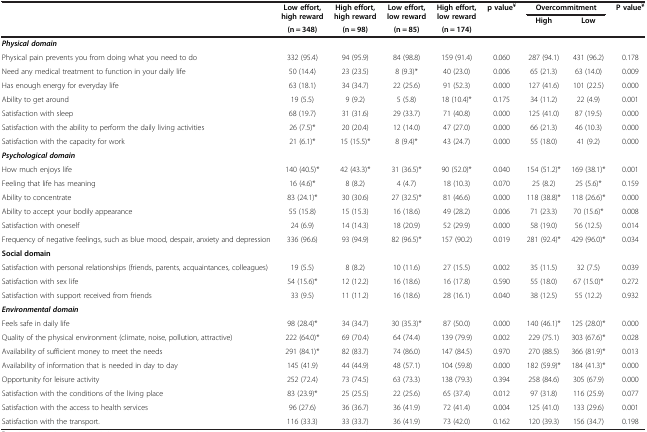
<table><thead><tr><td rowspan="3"><b> </b></td><td rowspan="2"><b>Low effort, high reward</b></td><td rowspan="2"><b>High effort, high reward</b></td><td rowspan="2"><b>Low effort, low reward</b></td><td rowspan="2"><b>High effort, low reward</b></td><td rowspan="3"><b>p value<sup>¥</sup></b></td><td colspan="2"><b>Overcommitment</b></td><td rowspan="3"><b>P value<sup>¥</sup></b></td></tr><tr><td rowspan="2"><b>High</b></td><td rowspan="2"><b>Low</b></td></tr><tr><td><b>(n = 348)</b></td><td><b>(n = 98)</b></td><td><b>(n = 85)</b></td><td><b>(n = 174)</b></td></tr></thead><tbody><tr><td><b><i>Physical domain</i></b></td><td> </td><td> </td><td> </td><td> </td><td> </td><td> </td><td> </td><td> </td></tr><tr><td>Physical pain prevents you from doing what you need to do</td><td>332 (95.4)</td><td>94 (95.9)</td><td>84 (98.8)</td><td>159 (91.4)</td><td>0.060</td><td>287 (94.1)</td><td>431 (96.2)</td><td>0.178</td></tr><tr><td>Need any medical treatment to function in your daily life</td><td>50 (14.4)</td><td>23 (23.5)</td><td>8 (9.3)*</td><td>40 (23.0)</td><td>0.006</td><td>65 (21.3)</td><td>63 (14.0)</td><td>0.009</td></tr><tr><td>Has enough energy for everyday life</td><td>63 (18.1)</td><td>34 (34.7)</td><td>22 (25.6)</td><td>91 (52.3)</td><td>0.000</td><td>127 (41.6)</td><td>101 (22.5)</td><td>0.000</td></tr><tr><td>Ability to get around</td><td>19 (5.5)</td><td>9 (9.2)</td><td>5 (5.8)</td><td>18 (10.4)*</td><td>0.175</td><td>34 (11.2)</td><td>22 (4.9)</td><td>0.001</td></tr><tr><td>Satisfaction with sleep</td><td>68 (19.7)</td><td>31 (31.6)</td><td>29 (33.7)</td><td>71 (40.8)</td><td>0.000</td><td>125 (41.0)</td><td>87 (19.5)</td><td>0.000</td></tr><tr><td>Satisfaction with the ability to perform the daily livingactivities</td><td>26 (7.5)*</td><td>20 (20.4)</td><td>12 (14.0)</td><td>47 (27.0)</td><td>0.000</td><td>66 (21.3)</td><td>46 (10.3)</td><td>0.000</td></tr><tr><td>Satisfaction with the capacity for work</td><td>21 (6.1)*</td><td>15 (15.5)*</td><td>8 (9.4)*</td><td>43 (24.7)</td><td>0.000</td><td>55 (18.0)</td><td>41 (9.2)</td><td>0.000</td></tr><tr><td><b><i>Psychological domain</i></b></td><td> </td><td> </td><td> </td><td> </td><td> </td><td> </td><td> </td><td> </td></tr><tr><td>How much enjoys life</td><td>140 (40.5)*</td><td>42 (43.3)*</td><td>31 (36.5)*</td><td>90 (52.0)*</td><td>0.040</td><td>154 (51.2)*</td><td>169 (38.1)*</td><td>0.001</td></tr><tr><td>Feeling that life has meaning</td><td>16 (4.6)*</td><td>8 (8.2)</td><td>4 (4.7)</td><td>18 (10.3)</td><td>0.070</td><td>25 (8.2)</td><td>25 (5.6)*</td><td>0.159</td></tr><tr><td>Ability to concentrate</td><td>83 (24.1)*</td><td>30 (30.6)</td><td>27 (32.5)*</td><td>81 (46.6)</td><td>0.000</td><td>118 (38.8)*</td><td>118 (26.6)*</td><td>0.000</td></tr><tr><td>Ability to accept your bodily appearance</td><td>55 (15.8)</td><td>15 (15.3)</td><td>16 (18.6)</td><td>49 (28.2)</td><td>0.006</td><td>71 (23.3)</td><td>70 (15.6)*</td><td>0.008</td></tr><tr><td>Satisfaction with oneself</td><td>24 (6.9)</td><td>14 (14.3)</td><td>18 (20.9)</td><td>52 (29.9)</td><td>0.000</td><td>58 (19.0)</td><td>56 (12.5)</td><td>0.014</td></tr><tr><td>Frequency of negative feelings, such as blue mood, despair,anxiety and depression</td><td>336 (96.6)</td><td>93 (94.9)</td><td>82 (96.5)*</td><td>157 (90.2)</td><td>0.019</td><td>281 (92.4)*</td><td>429 (96.0)*</td><td>0.034</td></tr><tr><td><b>Social domain</b></td><td> </td><td> </td><td> </td><td> </td><td> </td><td> </td><td> </td><td> </td></tr><tr><td>Satisfaction with personal relationships (friends, parents,acquaintances, colleagues)</td><td>19 (5.5)</td><td>8 (8.2)</td><td>10 (11.6)</td><td>27 (15.5)</td><td>0.002</td><td>35 (11.5)</td><td>32 (7.5)</td><td>0.039</td></tr><tr><td>Satisfaction with sex life</td><td>54 (15.6)*</td><td>12 (12.2)</td><td>16 (18.6)</td><td>16 (17.8)</td><td>0.590</td><td>55 (18.0)</td><td>67 (15.0)*</td><td>0.272</td></tr><tr><td>Satisfaction with support received from friends</td><td>33 (9.5)</td><td>11 (11.2)</td><td>16 (18.6)</td><td>28 (16.1)</td><td>0.040</td><td>38 (12.5)</td><td>55 (12.2)</td><td>0.932</td></tr><tr><td><b><i>Environmental domain</i></b></td><td> </td><td> </td><td> </td><td> </td><td> </td><td> </td><td> </td><td> </td></tr><tr><td>Feels safe in daily life</td><td>98 (28.4)*</td><td>34 (34.7)</td><td>30 (35.3)*</td><td>87 (50.0)</td><td>0.000</td><td>140 (46.1)*</td><td>125 (28.0)*</td><td>0.000</td></tr><tr><td>Quality of the physical environment (climate, noise, pollution,attractive)</td><td>222 (64.0)*</td><td>69 (70.4)</td><td>64 (74.4)</td><td>139 (79.9)</td><td>0.002</td><td>229 (75.1)</td><td>303 (67.6)*</td><td>0.028</td></tr><tr><td>Availability of sufficient money to meet the needs</td><td>291 (84.1)*</td><td>82 (83.7)</td><td>74 (86.0)</td><td>147 (84.5)</td><td>0.970</td><td>270 (88.5)</td><td>366 (81.9)*</td><td>0.013</td></tr><tr><td>Availability of information that is needed in day to day</td><td>145 (41.9)</td><td>44 (44.9)</td><td>48 (57.1)</td><td>104 (59.8)</td><td>0.000</td><td>182 (59.9)*</td><td>184 (41.3)*</td><td>0.000</td></tr><tr><td>Opportunity for leisure activity</td><td>252 (72.4)</td><td>73 (74.5)</td><td>63 (73.3)</td><td>138 (79.3)</td><td>0.394</td><td>258 (84.6)</td><td>305 (67.9)</td><td>0.000</td></tr><tr><td>Satisfaction with the conditions of the living place</td><td>83 (23.9)*</td><td>25 (25.5)</td><td>22 (25.6)</td><td>65 (37.4)</td><td>0.012</td><td>97 (31.8)</td><td>116 (25.9)</td><td>0.077</td></tr><tr><td>Satisfaction with the access to health services</td><td>96 (27.6)</td><td>36 (36.7)</td><td>36 (41.9)</td><td>72 (41.4)</td><td>0.004</td><td>125 (41.0)</td><td>133 (29.6)</td><td>0.001</td></tr><tr><td>Satisfaction with the transport.</td><td>116 (33.3)</td><td>33 (33.7)</td><td>36 (41.9)</td><td>73 (42.0)</td><td>0.162</td><td>120 (39.3)</td><td>156 (34.7)</td><td>0.198</td></tr></tbody></table>